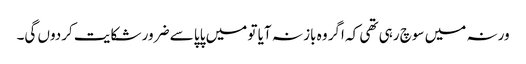
ورنہ میں سوچ رہی تھی کہ اگر وہ باز نہ آیا تو میں پاپا سے ضرور شکایت کردوں گی۔